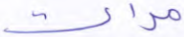
مرات